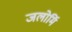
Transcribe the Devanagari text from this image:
जलोर्मि